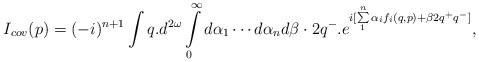
LaTeX: \begin{align*} I_{cov}(p)= (-i)^{n+1}\int q.d^{2\omega}\int\limits^\infty_0d\alpha_1\cdots d\alpha_nd\beta \cdot 2q^-.e^{i[\sum\limits^n_1\alpha_if_i(q,p)+\beta 2q^+q^-]},\end{align*}